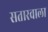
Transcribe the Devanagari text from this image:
सतारवाला